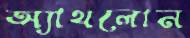
অ্যাথলোন